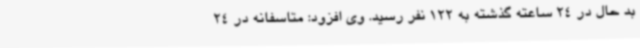
بد حال در 24 ساعته گذشته به 122 نفر رسید. وی افزود: متاسفانه در 24